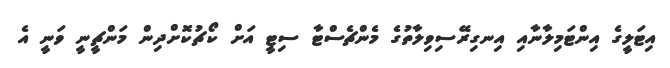
އިޓަލީގެ އިންޓަމިލާނާއި އިނގިރޭސިވިލާތުގެ މެންޗެސްޓާ ސިޓީ އަށް ކޯޗުކޮށްދިން މަންޗީނީ ވަނީ އެ